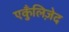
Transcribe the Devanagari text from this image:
एकुँलिज़ेद